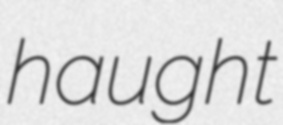
haught